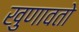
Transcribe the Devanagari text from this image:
खुणावतो